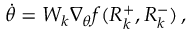
\begin{array} { r } { \dot { \theta } = W _ { k } \nabla _ { \theta } f ( R _ { k } ^ { + } , R _ { k } ^ { - } ) \, , } \end{array}